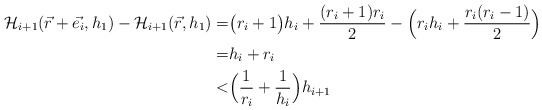
\begin{align*}\mathcal{H}_{i+1}(\vec{r}+\vec{e_i},h_1) - \mathcal{H}_{i+1}(\vec{r},h_1) =& \big( r_i+1 \big) h_i + \frac{(r_i+1)r_i}{2} - \Big( r_i h_i + \frac{r_i(r_i-1)}{2} \Big) \\ =& h_i + r_i \\ <& \Big( \frac{1}{r_i} + \frac{1}{h_i} \Big) h_{i+1} \end{align*}